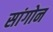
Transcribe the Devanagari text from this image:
सांगोन